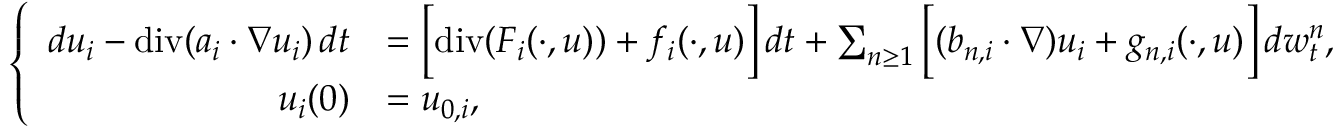
\left\{ \begin{array} { r l } { d u _ { i } - \normalfont { \mathrm { d i v } } ( a _ { i } \cdot \nabla u _ { i } ) \, d t } & { = \Big [ \normalfont { \mathrm { d i v } } ( F _ { i } ( \cdot , u ) ) + f _ { i } ( \cdot , u ) \Big ] \, d t + \sum _ { n \geq 1 } \Big [ ( b _ { n , i } \cdot \nabla ) u _ { i } + g _ { n , i } ( \cdot , u ) \Big ] \, d w _ { t } ^ { n } , } \\ { u _ { i } ( 0 ) } & { = u _ { 0 , i } , } \end{array} \right.